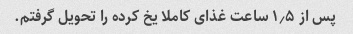
پس از ۱٫۵ ساعت غذای کاملا یخ کرده را تحویل گرفتم.